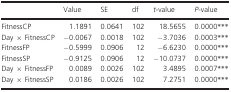
|  | Value | SE | df | t-value | P-value |
 | --- | --- | --- | --- | --- | --- |
 | FitnessCP | 1.1891 | 0.0641 | 102 | 18.5655 | 0.0000*** |
 | Day × FitnessCP | −0.0067 | 0.0018 | 102 | −3.7036 | 0.0003*** |
 | FitnessFP | −0.5999 | 0.0906 | 12 | −6.6230 | 0.0000*** |
 | FitnessSP | −0.9125 | 0.0906 | 12 | −10.0737 | 0.0000*** |
 | Day × FitnessFP | 0.0089 | 0.0026 | 102 | 3.4895 | 0.0007*** |
 | Day × FitnessSP | 0.0186 | 0.0026 | 102 | 7.2751 | 0.0000*** |